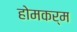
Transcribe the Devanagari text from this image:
होमकर्म